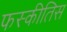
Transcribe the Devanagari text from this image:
फस्कीतिस